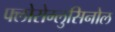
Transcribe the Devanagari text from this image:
फ्लोरोग्लुसिनोल